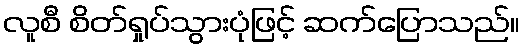
လူစီ စိတ်ရှုပ်သွားပုံဖြင့် ဆက်ပြောသည်။